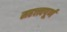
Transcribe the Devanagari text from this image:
महत्त्त्वपूर्ण